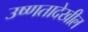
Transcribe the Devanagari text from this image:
उष्णतादेखील